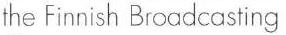
the Finnish Broadcasting